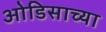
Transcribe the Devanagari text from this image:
ओडिसाच्या